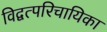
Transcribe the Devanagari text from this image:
विद्वत्परिचायिका